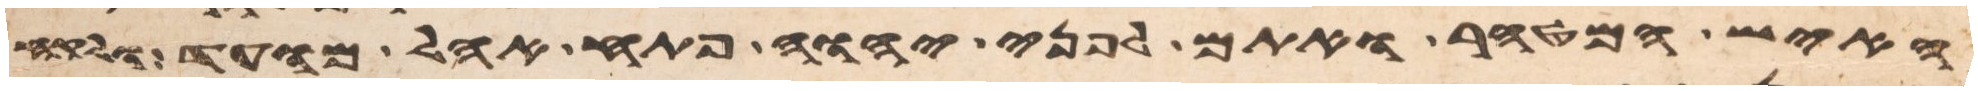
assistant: האיש המטהר ואתם לפני יהוה פתח אהל מועד